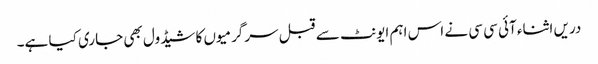
دریں اثناء آئی سی سی نے اس اہم ایونٹ سے قبل سرگرمیوں کا شیڈول بھی جاری کیا ہے۔